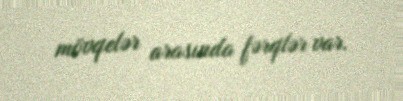
mövqelər arasında fərqlər var.